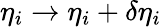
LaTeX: \eta_{i}\rightarrow\eta_{i}+\delta\eta_{i}